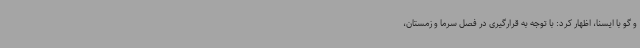
و گو با ایسنا، اظهار کرد: با توجه به قرارگیری در فصل سرما و زمستان،